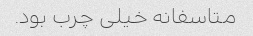
متاسفانه خیلی چرب بود.